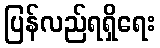
ပြန်လည်ရရှိရေး